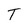
Character: T